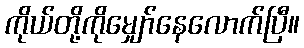
ကိုယ်တို့ကိုမျှော်နေလောက်ပြီ။